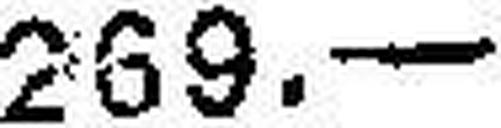
269.—